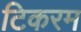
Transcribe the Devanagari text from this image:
टिकरम